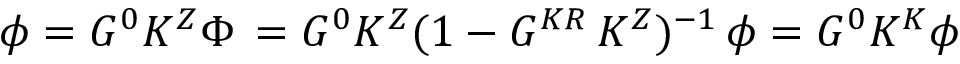
\phi = G ^ { 0 } K ^ { Z } \Phi \, = G ^ { 0 } K ^ { Z } ( 1 - G ^ { K R } \, K ^ { Z } ) ^ { - 1 } \, \phi = G ^ { 0 } K ^ { K } \phi